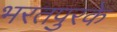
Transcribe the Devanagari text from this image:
भरतपुरके